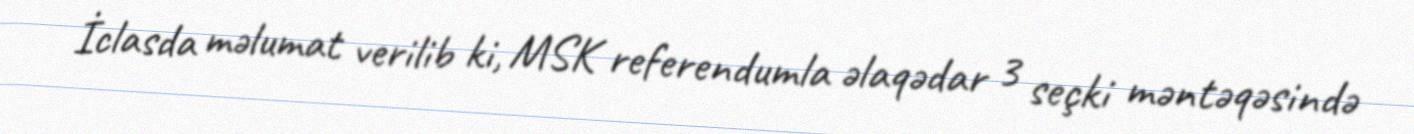
İclasda məlumat verilib ki, MSK referendumla əlaqədar 3 seçki məntəqəsində